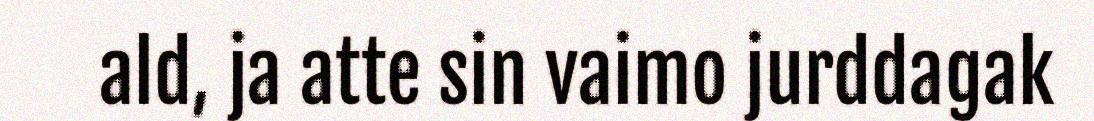
ald, ja atte sin vaimo jurddagak